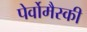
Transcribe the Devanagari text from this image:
पेर्वोमैस्की